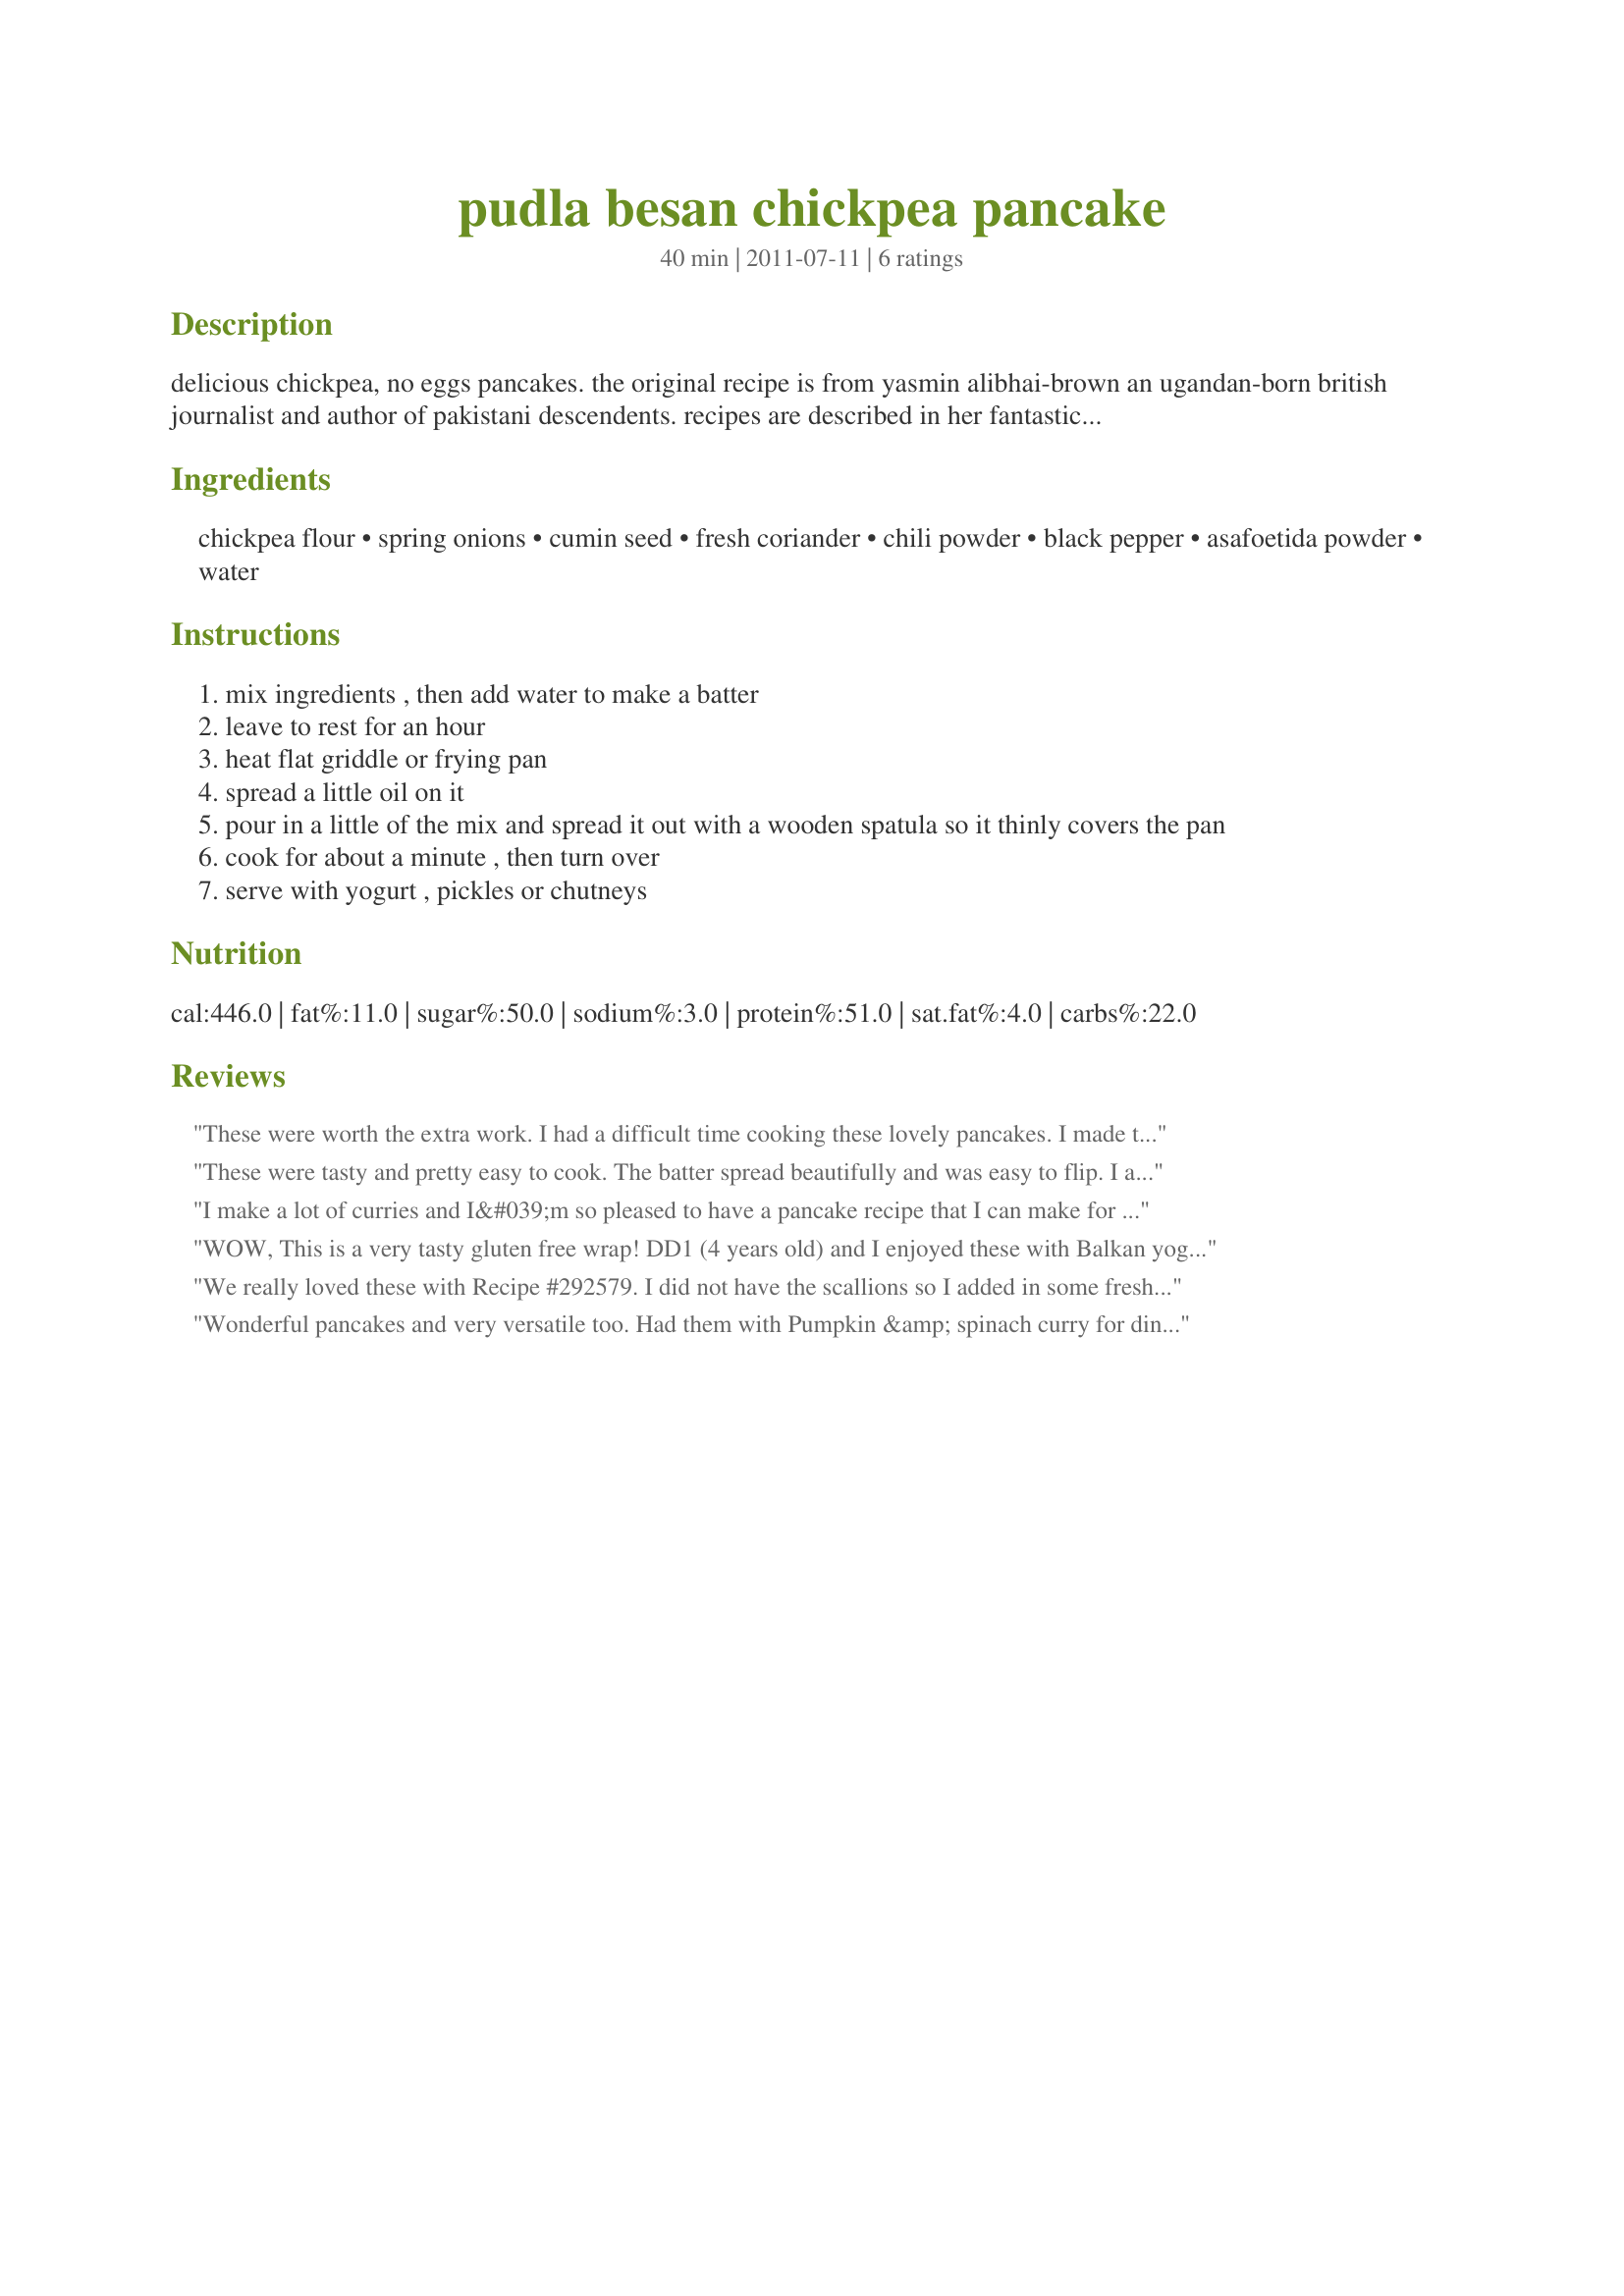
pudla besan chickpea pancake
Preparation time: 40 minutes

delicious chickpea, no eggs pancakes. the original recipe is from yasmin alibhai-brown an ugandan-born british journalist and author of pakistani descendents. recipes are described in her fantastic book, "the settelers cookbook", a memoir of love, migration and food. see also. http://www.alibhai-brown.com/archive/article.php?id=181 and http://www.guardian.co.uk/books/2009/feb/28/yasmin-alibhai-brown-cookbook.

Ingredients:
chickpea flour, spring onions, cumin seed, fresh coriander, chili powder, black pepper, asafoetida powder, water

Steps:
mix ingredients , then add water to make a batter
leave to rest for an hour
heat flat griddle or frying pan
spread a little oil on it
pour in a little of the mix and spread it out with a wooden spatula so it thinly covers the pan
cook for about a minute , then turn over
serve with yogurt , pickles or chutneys

Reviews:
These were worth the extra work. I had a difficult time cooking these lovely pancakes. I made them smaller and was gentler with them, that worked a little better for me. My pancakes were not thin but they were tasty and a little dry. They didn&#039;t turn out looking pretty but they sure tasted good. I omitted the asafetida powder, never heard of it before and I couldn&#039;t find it in the stores around here, we didn&#039;t miss it. Thank you so much for sharing your recipe my friend, so glad that I tried it. Made for Aussie Swap/Apr 2014.
These were tasty and pretty easy to cook. The batter spread beautifully and was easy to flip. I added grated carrots to mine. Both DH and I found the finished pudla a bit too dry, so the yogurt was necessary. Made for ZWT8
I make a lot of curries and I&#039;m so pleased to have a pancake recipe that I can make for friends who are gluten intolerant. I used a finely chopped green chilli, but in future I will add a second chilli and more spices such as fennel and the suggested garam masala. The first pancake was a complete mess for me. I made it to big and couldn&#039;t flip it. Others were more successful, but it will take me some practice (and probably more water in the mixture) to get the lovely thin pancake you show in your photo. Thanks so much for posting.
WOW, This is a very tasty gluten free wrap! DD1 (4 years old) and I enjoyed these with Balkan yogurt. I made my own gram flour (chickpea flour) from whole dried chickpeas which I ground in a coffee grinder/spice mill. I used less fresh cilantro as I didn't realise some had gone bad, for the chili powder I added a few pinches of cayenne pepper powder because that is what I had on hand, I added sea salt to taste and freshly ground black pepper to taste, a bit of fennel seed ground with the chickpeas to replace the asafetida powder, plus the rest of the ingredients. The mixture thickens to a spreadable consistency which I cooked thinly in my cast iron frying pan with some canola oil. I tried one with some home made garam masala sprinkled over top while cooking but preferred it without. I would make these again!!! Made for Please Review My Recipe ~ ~ ~ from March 10th ~
We really loved these with Recipe #292579. I did not have the scallions so I added in some fresh chives. Two small green chilies were chopped for 1/2 a recipe. Some Gram Marsala was added to the batter. My first 2 were a disaster but after I got the hang of it they are very easy to make. I think mine were a little thicker than intended but with practice I should do much better. I do plan to have practice. Made for Aussie Swap.
Wonderful pancakes and very versatile too. Had them with Pumpkin &amp; spinach curry for dinner and then with a dollop of yoghurt for breakfast the next day to use up the left over batter. The batter did require a little extra water added to it in the morning as it had thickened slightly over-night. A recipe that DH and I really enjoyed. I couldn&#039;t locate any asafoetida so left it out. Made for Aussie / Kiwi Swap March 2013.
